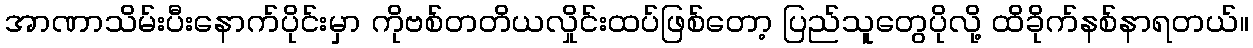
အာဏာသိမ်းပီးနောက်ပိုင်းမှာ ကိုဗစ်တတိယလှိုင်းထပ်ဖြစ်တော့ ပြည်သူတွေပိုလို့ ထိခိုက်နစ်နာရတယ်။